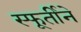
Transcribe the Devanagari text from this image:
स्फूर्तीने